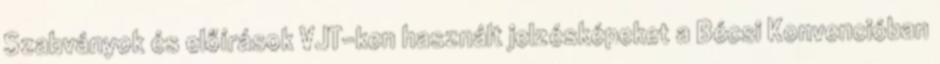
Szabványok és előírások VJT-ken használt jelzésképeket a Bécsi Konvencióban